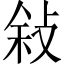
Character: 敍